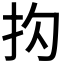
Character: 𪭠